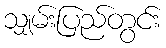
သျှမ်းပြည်တွင်း